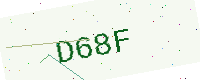
Text: D68F